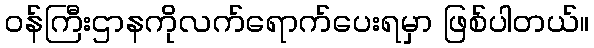
ဝန်ကြီးဌာနကိုလက်ရောက်ပေးရမှာ ဖြစ်ပါတယ်။